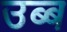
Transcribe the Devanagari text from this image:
उब्ब